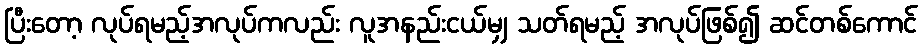
ပြီးတော့ လုပ်ရမည့်အလုပ်ကလည်း လူအနည်းငယ်မျှ သတ်ရမည့် အလုပ်ဖြစ်၍ ဆင်တစ်ကောင်